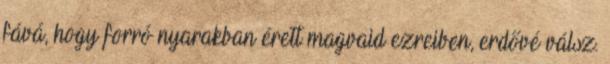
fává, hogy forró nyarakban érett magvaid ezreiben, erdővé válsz.